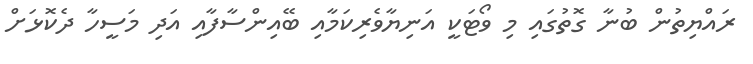
ރައްޔިތުން ބުނާ ގޮތުގައި މި ވޯޓަކީ އަނިޔާވެރިކަމާއި ބޭއިންސާފާއި އަދި މަސީހާ ދެކޮޅަށް